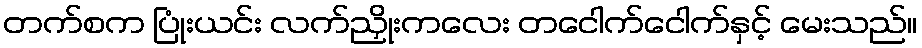
တက်စက ပြုံးယင်း လက်ညှိုးကလေး တငေါက်ငေါက်နှင့် မေးသည်။